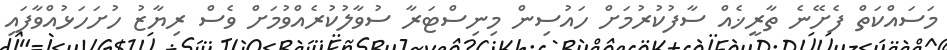
މަސައްކަތް ފެށޭނެ ތާރީޚެއް ސާފުކުރުމަށް ހައުސިން މިނިސްޓަރާ ސުވާލުކުރެއްވުމަށް ވެސް ރިޔާޒު ހުށަހަޅުއްވާފައި